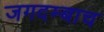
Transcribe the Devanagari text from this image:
जगदम्बाच